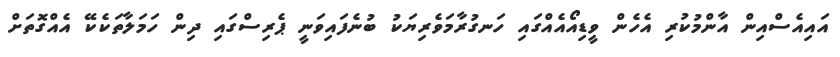
އައިއެސްއިން އާންމުކުރި އެހެން ވީޑިއޯއެއްގައި ހަނގުރާމަވެރިޔަކު ބުނެފައިވަނީ ޕެރިސްގައި ދިން ހަމަލާތަކެކޭ އެއްގޮތަށް